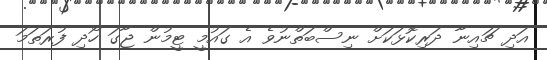
އަދި ޗައިނާ ދަރިކޮޅަކަށް ނިސްބަތްނުވެ އެ ގައުމީ ޓީމުން ޖާގަ ހޯދި ފުރަތަމަ